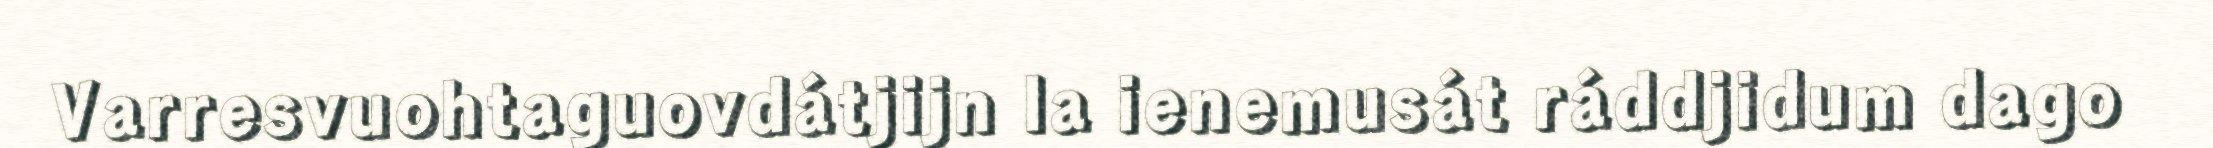
Varresvuohtaguovdátjijn la ienemusát ráddjidum dago